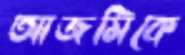
আজমিকে